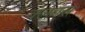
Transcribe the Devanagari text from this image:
क्लेवस